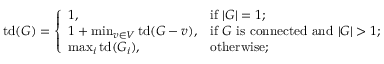
\operatorname { t d } ( G ) = { \left\{ \begin{array} { l l } { 1 , } & { { \mathrm { i f ~ } } | G | = 1 ; } \\ { 1 + \operatorname* { m i n } _ { v \in V } \operatorname { t d } ( G - v ) , } & { { \mathrm { i f ~ } } G { \mathrm { ~ i s ~ c o n n e c t e d ~ a n d ~ } } | G | > 1 ; } \\ { \operatorname* { m a x } _ { i } \mathrm { { t d } } ( G _ { i } ) , } & { { \mathrm { o t h e r w i s e } } ; } \end{array} \right. }